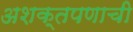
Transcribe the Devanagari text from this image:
अशक्तपणाची